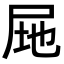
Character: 𭕚